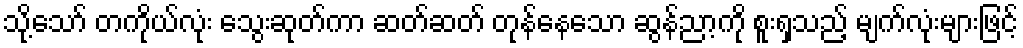
သို့သော် တကိုယ်လုံး သွေးဆုတ်ကာ ဆတ်ဆတ် တုန်နေသော ဆွန်ညာ့ကို စူးရှသည့် မျက်လုံးများဖြင့်